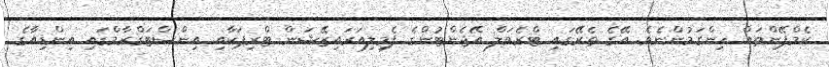
ކެމްޕޭންތައް ހިންގަމުންނެވެ. އޭގެ ތެރޭގައި ޓްރެވަލް އޭޖެންޓުންގެ ފެމިލިއަރައިޒޭޝަން ޓްރިޕަކާއި އިންސްޓަގްރާމްގައި އިންޑިއާގެ